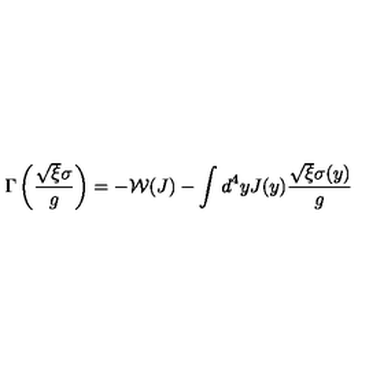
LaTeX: \Gamma \left( \frac { \sqrt { \xi } \sigma } { g } \right) = - \mathcal { W } ( J ) - \int d ^ { 4 } y J ( y ) \frac { \sqrt { \xi } \sigma ( y ) } { g }